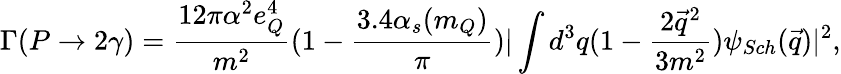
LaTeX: \Gamma(P\rightarrow 2\gamma)=\frac{12\pi{\alpha}^{2}e_{Q}^{4}}{m^{2}}(1-\frac{3.4\alpha_{s}(m_{Q})}{\pi})|\int d^{3}q(1-\frac{2{\vec{q}}^{2}}{3m^{2}})\psi_{Sch}(\vec{q})|^{2},